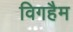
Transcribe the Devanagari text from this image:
विगहैम